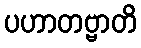
ပဟာတဗ္ဗာတိ